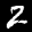
Label: 2